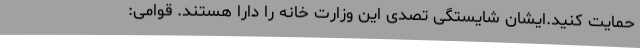
حمایت کنید.ایشان شایستگی تصدی این وزارت خانه را دارا هستند. قوامی: